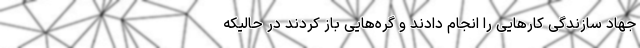
جهاد سازندگی کار‌هایی را انجام دادند و گره‌هایی باز کردند در حالیکه